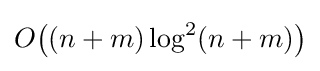
O{\big (}(n+m)\log ^{2}(n+m){\big )}